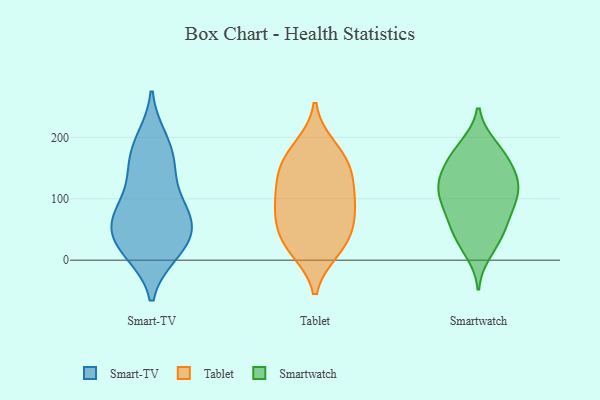
{"axis": {"x": "Backlog", "y": "Value"}, "legend": ["Smart-TV", "Smartwatch", "Tablet"], "data": [{"x": "", "y": 87, "type": "Smart-TV"}, {"x": "", "y": 12, "type": "Smart-TV"}, {"x": "", "y": 42, "type": "Smart-TV"}, {"x": "", "y": 189, "type": "Smart-TV"}, {"x": "", "y": 147, "type": "Smart-TV"}, {"x": "", "y": 77, "type": "Smart-TV"}, {"x": "", "y": 15, "type": "Smart-TV"}, {"x": "", "y": 39, "type": "Smart-TV"}, {"x": "", "y": 197, "type": "Smart-TV"}, {"x": "", "y": 58, "type": "Smart-TV"}, {"x": "", "y": 74, "type": "Smart-TV"}, {"x": "", "y": 160, "type": "Smart-TV"}, {"x": "", "y": 70, "type": "Smart-TV"}, {"x": "", "y": 134, "type": "Smart-TV"}, {"x": "", "y": 15, "type": "Smart-TV"}, {"x": "", "y": 93, "type": "Tablet"}, {"x": "", "y": 167, "type": "Tablet"}, {"x": "", "y": 134, "type": "Tablet"}, {"x": "", "y": 73, "type": "Tablet"}, {"x": "", "y": 134, "type": "Tablet"}, {"x": "", "y": 17, "type": "Tablet"}, {"x": "", "y": 48, "type": "Tablet"}, {"x": "", "y": 184, "type": "Tablet"}, {"x": "", "y": 108, "type": "Tablet"}, {"x": "", "y": 18, "type": "Tablet"}, {"x": "", "y": 40, "type": "Tablet"}, {"x": "", "y": 81, "type": "Tablet"}, {"x": "", "y": 161, "type": "Tablet"}, {"x": "", "y": 108, "type": "Smartwatch"}, {"x": "", "y": 35, "type": "Smartwatch"}, {"x": "", "y": 34, "type": "Smartwatch"}, {"x": "", "y": 135, "type": "Smartwatch"}, {"x": "", "y": 55, "type": "Smartwatch"}, {"x": "", "y": 86, "type": "Smartwatch"}, {"x": "", "y": 73, "type": "Smartwatch"}, {"x": "", "y": 182, "type": "Smartwatch"}, {"x": "", "y": 144, "type": "Smartwatch"}, {"x": "", "y": 107, "type": "Smartwatch"}, {"x": "", "y": 63, "type": "Smartwatch"}, {"x": "", "y": 122, "type": "Smartwatch"}, {"x": "", "y": 107, "type": "Smartwatch"}, {"x": "", "y": 176, "type": "Smartwatch"}, {"x": "", "y": 109, "type": "Smartwatch"}, {"x": "", "y": 146, "type": "Smartwatch"}, {"x": "", "y": 154, "type": "Smartwatch"}, {"x": "", "y": 186, "type": "Smartwatch"}, {"x": "", "y": 13, "type": "Smartwatch"}]}